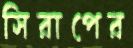
সিরাপের